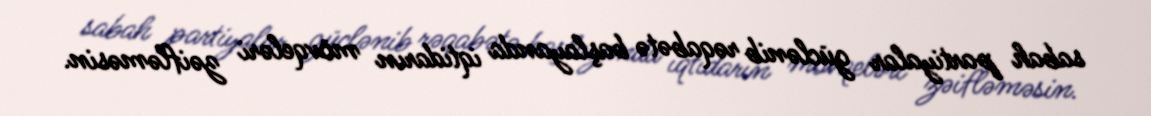
sabah partiyalar güclənib rəqabətə başlayanda iqtidarın mövqeləri zəifləməsin.